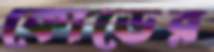
কোডের